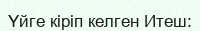
Үйге кіріп келген Итеш: